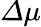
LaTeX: \mathit{\Delta}\mu